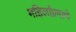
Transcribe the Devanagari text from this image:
महिलांप्रमाणे